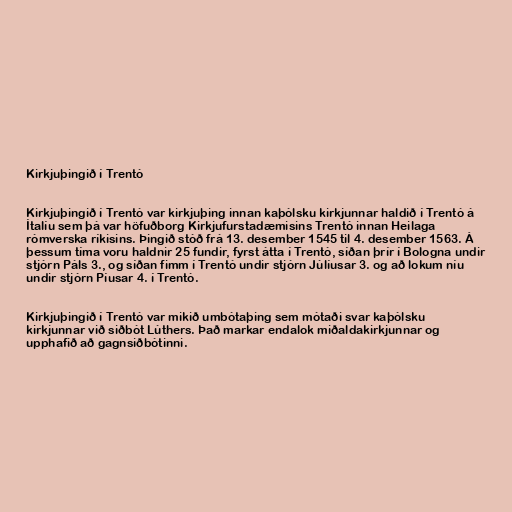
Kirkjuþingið í Trentó

Kirkjuþingið í Trentó var kirkjuþing innan kaþólsku kirkjunnar haldið í Trentó á
Ítalíu sem þá var höfuðborg Kirkjufurstadæmisins Trentó innan Heilaga
rómverska ríkisins. Þingið stóð frá 13. desember 1545 til 4. desember 1563. Á
þessum tíma voru haldnir 25 fundir, fyrst átta í Trentó, síðan þrír í Bologna undir
stjórn Páls 3., og síðan fimm í Trentó undir stjórn Júlíusar 3. og að lokum níu
undir stjórn Píusar 4. í Trentó.

Kirkjuþingið í Trentó var mikið umbótaþing sem mótaði svar kaþólsku
kirkjunnar við siðbót Lúthers. Það markar endalok miðaldakirkjunnar og
upphafið að gagnsiðbótinni.